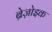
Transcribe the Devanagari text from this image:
ब्रेज़ोइक